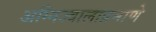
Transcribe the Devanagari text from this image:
अग्निज्वालाप्रमाणे